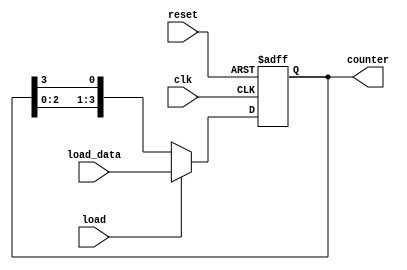
module LoadableRingCounter (
    input wire clk,             // Clock signal
    input wire reset,           // Asynchronous reset signal
    input wire load,            // Load control signal
    input wire [N-1:0] load_data, // Parallel input for loading value
    output reg [N-1:0] counter  // Output of the ring counter
);
    
parameter N = 4; // Number of bits in the counter

always @(posedge clk or posedge reset) begin
    if (reset) begin
        // Asynchronous reset: set counter to all zeros
        counter <= {N{1'b0}};
    end else if (load) begin
        // Load the value from load_data into the counter
        counter <= load_data;
    end else begin
        // Ring counting mode: shift the bits
        counter <= {counter[N-2:0], counter[N-1]};
    end
end

endmodule